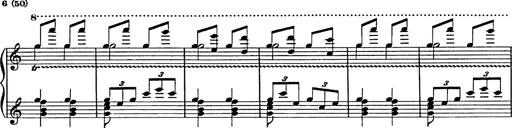
Title: Galop in A minor
Composer: Franz Liszt
Key: A minor